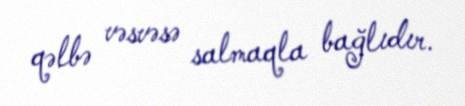
qəlbə vəsvəsə salmaqla bağlıdır.